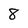
Character: 8